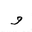
Letter: _waw